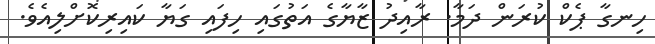
ހިނގާ ޕެކް ކުރަން ދަމާ. ރާއިދު ޒާޔާގެ އަތުގައި ހިފައި ގަޔާ ކައިރިކޮށްލިއެވެ.